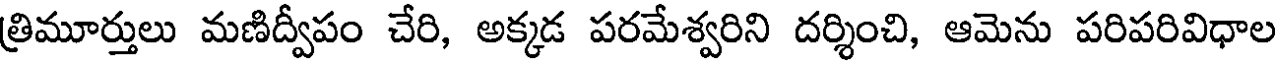
త్రిమూర్తులు మణిద్వీపం చేరి, అక్కడ పరమేశ్వరిని దర్శించి, ఆమెను పరిపరివిధాల